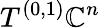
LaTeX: T^{(0,1)}\mathbb{C}^{n}